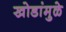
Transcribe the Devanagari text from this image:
खोडांमुळे